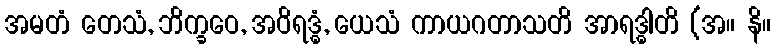
အမတံ တေသံ, ဘိက္ခဝေ, အဝိရဒ္ဓံ, ယေသံ ကာယဂတာသတိ အာရဒ္ဓါတိ (အ။ နိ။